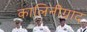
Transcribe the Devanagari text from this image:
कालिनीग्राद